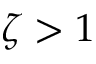
\zeta > 1